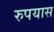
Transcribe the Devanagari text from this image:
रुपयास